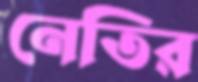
নেতির